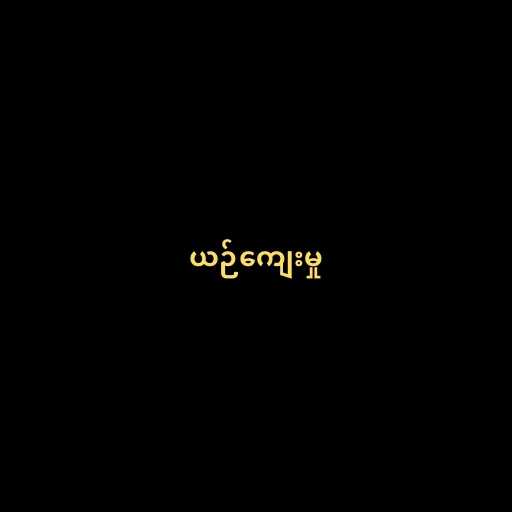
ယဉ်ကျေးမှု